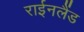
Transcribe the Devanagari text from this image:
राईनलैंड